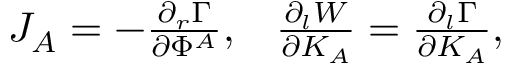
\begin{array} { l l } { { J _ { A } = - { \frac { \partial _ { r } \Gamma } { \partial \Phi ^ { A } } } , } } & { { { \frac { \partial _ { l } W } { \partial K _ { A } } } = { \frac { \partial _ { l } \Gamma } { \partial K _ { A } } } , } } \end{array}